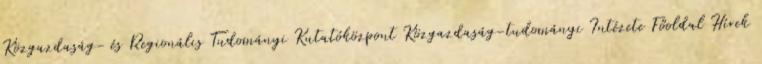
Közgazdaság- és Regionális Tudományi Kutatóközpont Közgazdaság-tudományi Intézete Főoldal Hírek